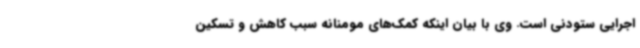
اجرایی ستودنی است. وی با بیان اینکه کمک‌های مومنانه سبب کاهش و تسکین